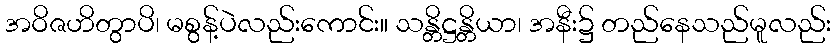
အဝိဇဟိတွာပိ၊ မစွန့်ပဲလည်းကောင်း။ သန္တိဋ္ဌန္တိယာ၊ အနီး၌ တည်နေသည်မူလည်း